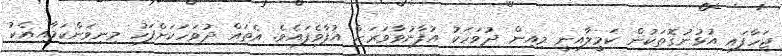
ޖަހާފައި އުޅުނުގޮތަކުން ކަމީލާއިނީ މިއިން ދުވަހަކު އުފާނުވާވަރަށް އުފާވެފައެވެ. އެތައް ދުވަހަކަށްފަހު މިނިވަންކަމާއިއެކު